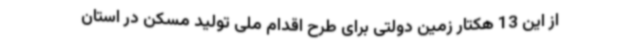
از این 13 هکتار زمین دولتی برای طرح اقدام ملی تولید مسکن در استان